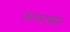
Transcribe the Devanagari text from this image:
अनाबर